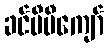
ခင်မီမီကျော်